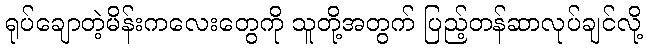
ရုပ်ချောတဲ့မိန်းကလေးတွေကို သူတို့အတွက် ပြည့်တန်ဆာလုပ်ချင်လို့